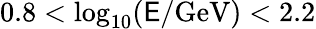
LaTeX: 0.8<\log_{10}(\mathsf{E}/\mathrm{{GeV}})<2.2